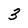
Character: 3